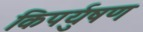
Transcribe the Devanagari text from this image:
किपर्युषण